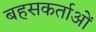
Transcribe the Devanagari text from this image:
बहसकर्ताओं